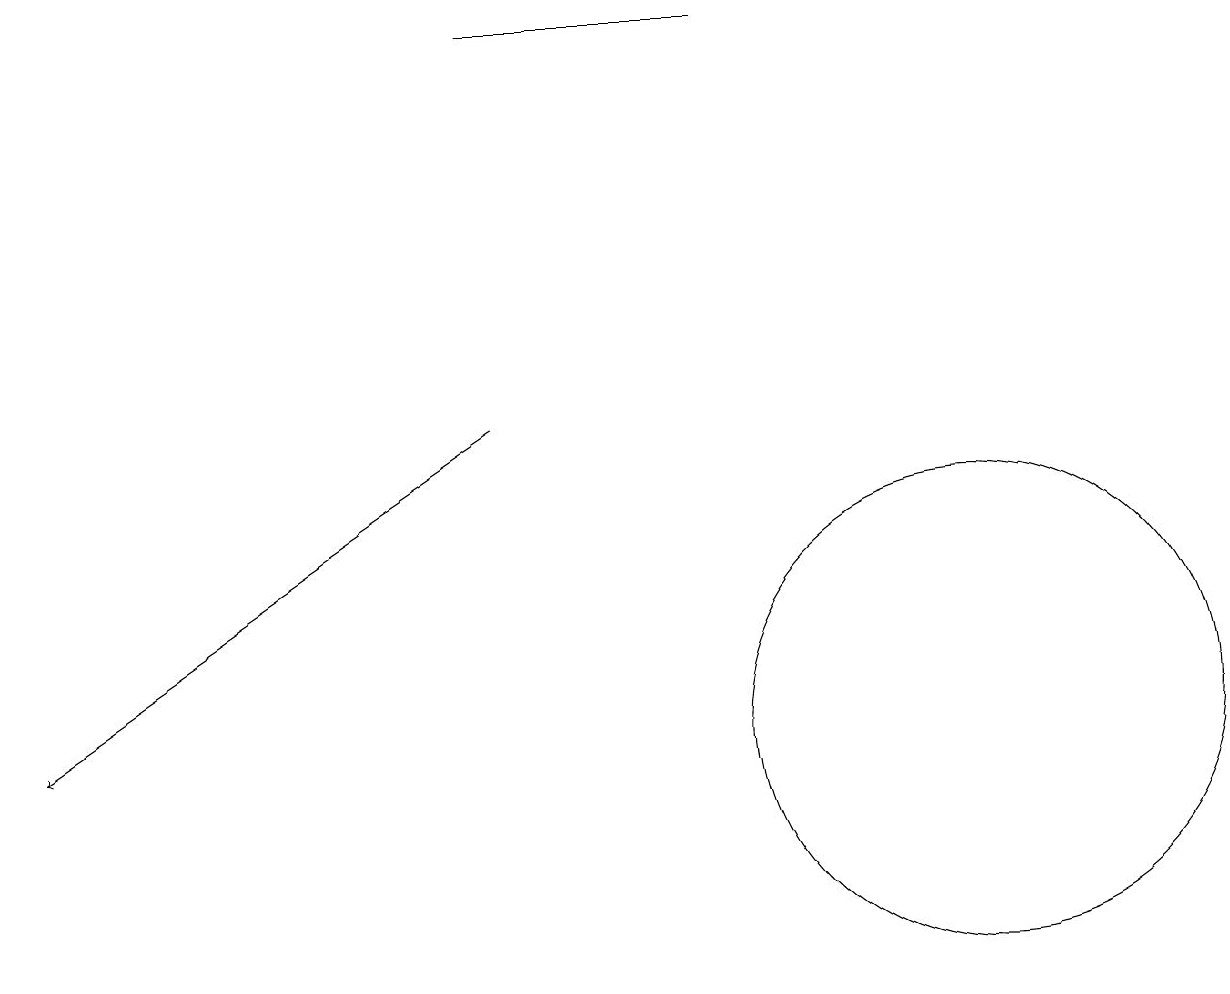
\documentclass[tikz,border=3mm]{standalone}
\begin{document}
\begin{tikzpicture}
\draw[->] (6,14) -- (0,10);
\draw (9,19) rectangle (6,19);
\draw (12,10) circle (3);
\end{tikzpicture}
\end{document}